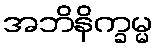
အဘိနိက္ခမ္မ